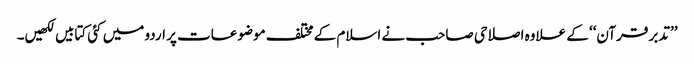
’’تدبر قرآن‘‘ کے علاوہ اصلاحی صاحب نے اسلام کے مختلف موضوعات پر اردو میں کئی کتابیں لکھیں۔